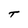
Character: t